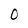
Character: 0